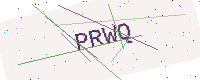
Text: PRWQ